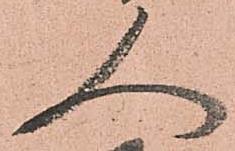
人